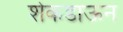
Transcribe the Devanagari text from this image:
शेकडाऊन